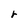
Character: r